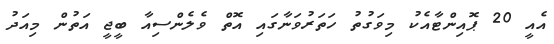
އެއީ 20 ޕޮއިންޓާއެކު މިވަގުތު ހަތަރުވަނާގައި އޮތް ވެލެންސިއާ ބީޖީ އަތުން މިއަދު